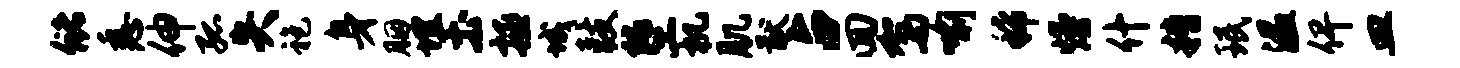
储悉伸孤失袍身胭埋土拯城鼓堕机肌猷占回驾喻稀熳什糟珉温俾皿